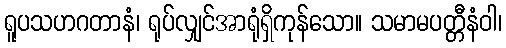
ရူပသဟဂတာနံ၊ ရုပ်လျှင်အာရုံရှိကုန်သော။ သမာမပတ္တီနံဝါ၊